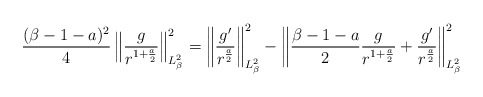
\begin{align*}\frac{(\beta-1-a)^2}{4}\left\|\frac{g}{r^{1+\frac{a}{2}}}\right\|_{L_\beta^2}^2=\left\|\frac{g'}{r^{\frac{a}{2}}}\right\|_{L_\beta^2}^2-\left\|\frac{\beta-1-a}{2}\frac{g}{r^{1+\frac{a}{2}}}+\frac{g'}{r^{\frac{a}{2}}}\right\|_{L_\beta^2}^2\end{align*}